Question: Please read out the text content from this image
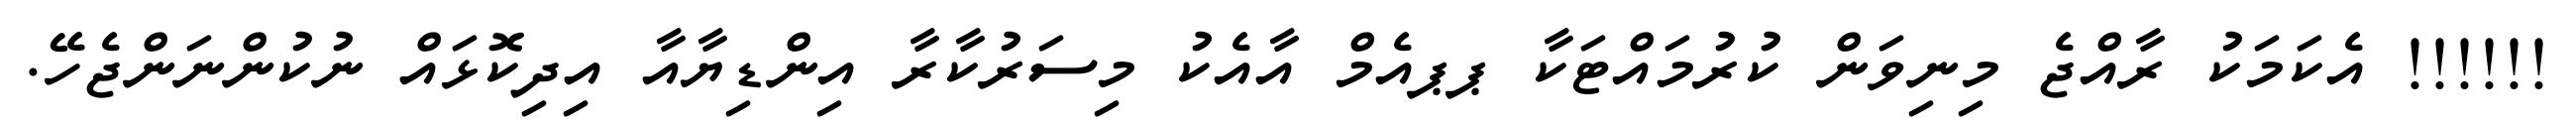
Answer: !!!!!! އެކަމަކު ރާއްޖެ މިނިވަން ކުރުމައްޓަކާ ޕޕއެމް އާއެކު މިސަރުކާރާ އިންޑިޔާއާ އިދިކޮޅައް ނުކުންނަންޖެހޭ.